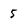
Character: 5